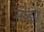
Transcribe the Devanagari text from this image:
मौझा